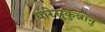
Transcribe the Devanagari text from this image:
पारेसुकुन्नानु